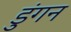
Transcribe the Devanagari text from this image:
डुंगन